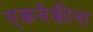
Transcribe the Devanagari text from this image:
एकमेकीना